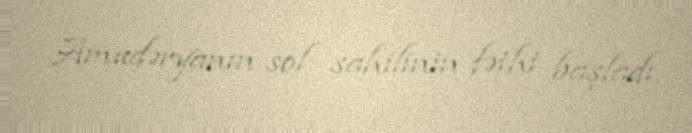
Amudəryanın sol sahilinin fəthi başladı.